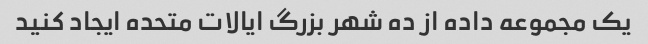
یک مجموعه داده از ده شهر بزرگ ایالات متحده ایجاد کنید